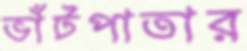
ভাঁটপাতার